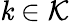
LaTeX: \mathit{k}\in\mathcal{K}